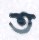
ত